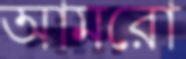
আমরো